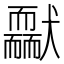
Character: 𦓢